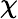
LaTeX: \mathbb{\chi}